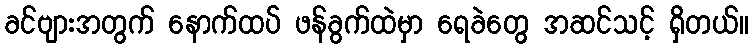
ခင်ဗျားအတွက် နောက်ထပ် ဖန်ခွက်ထဲမှာ ရေခဲတွေ အဆင်သင့် ရှိတယ်။